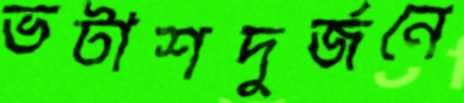
ভটাশদুর্জনে